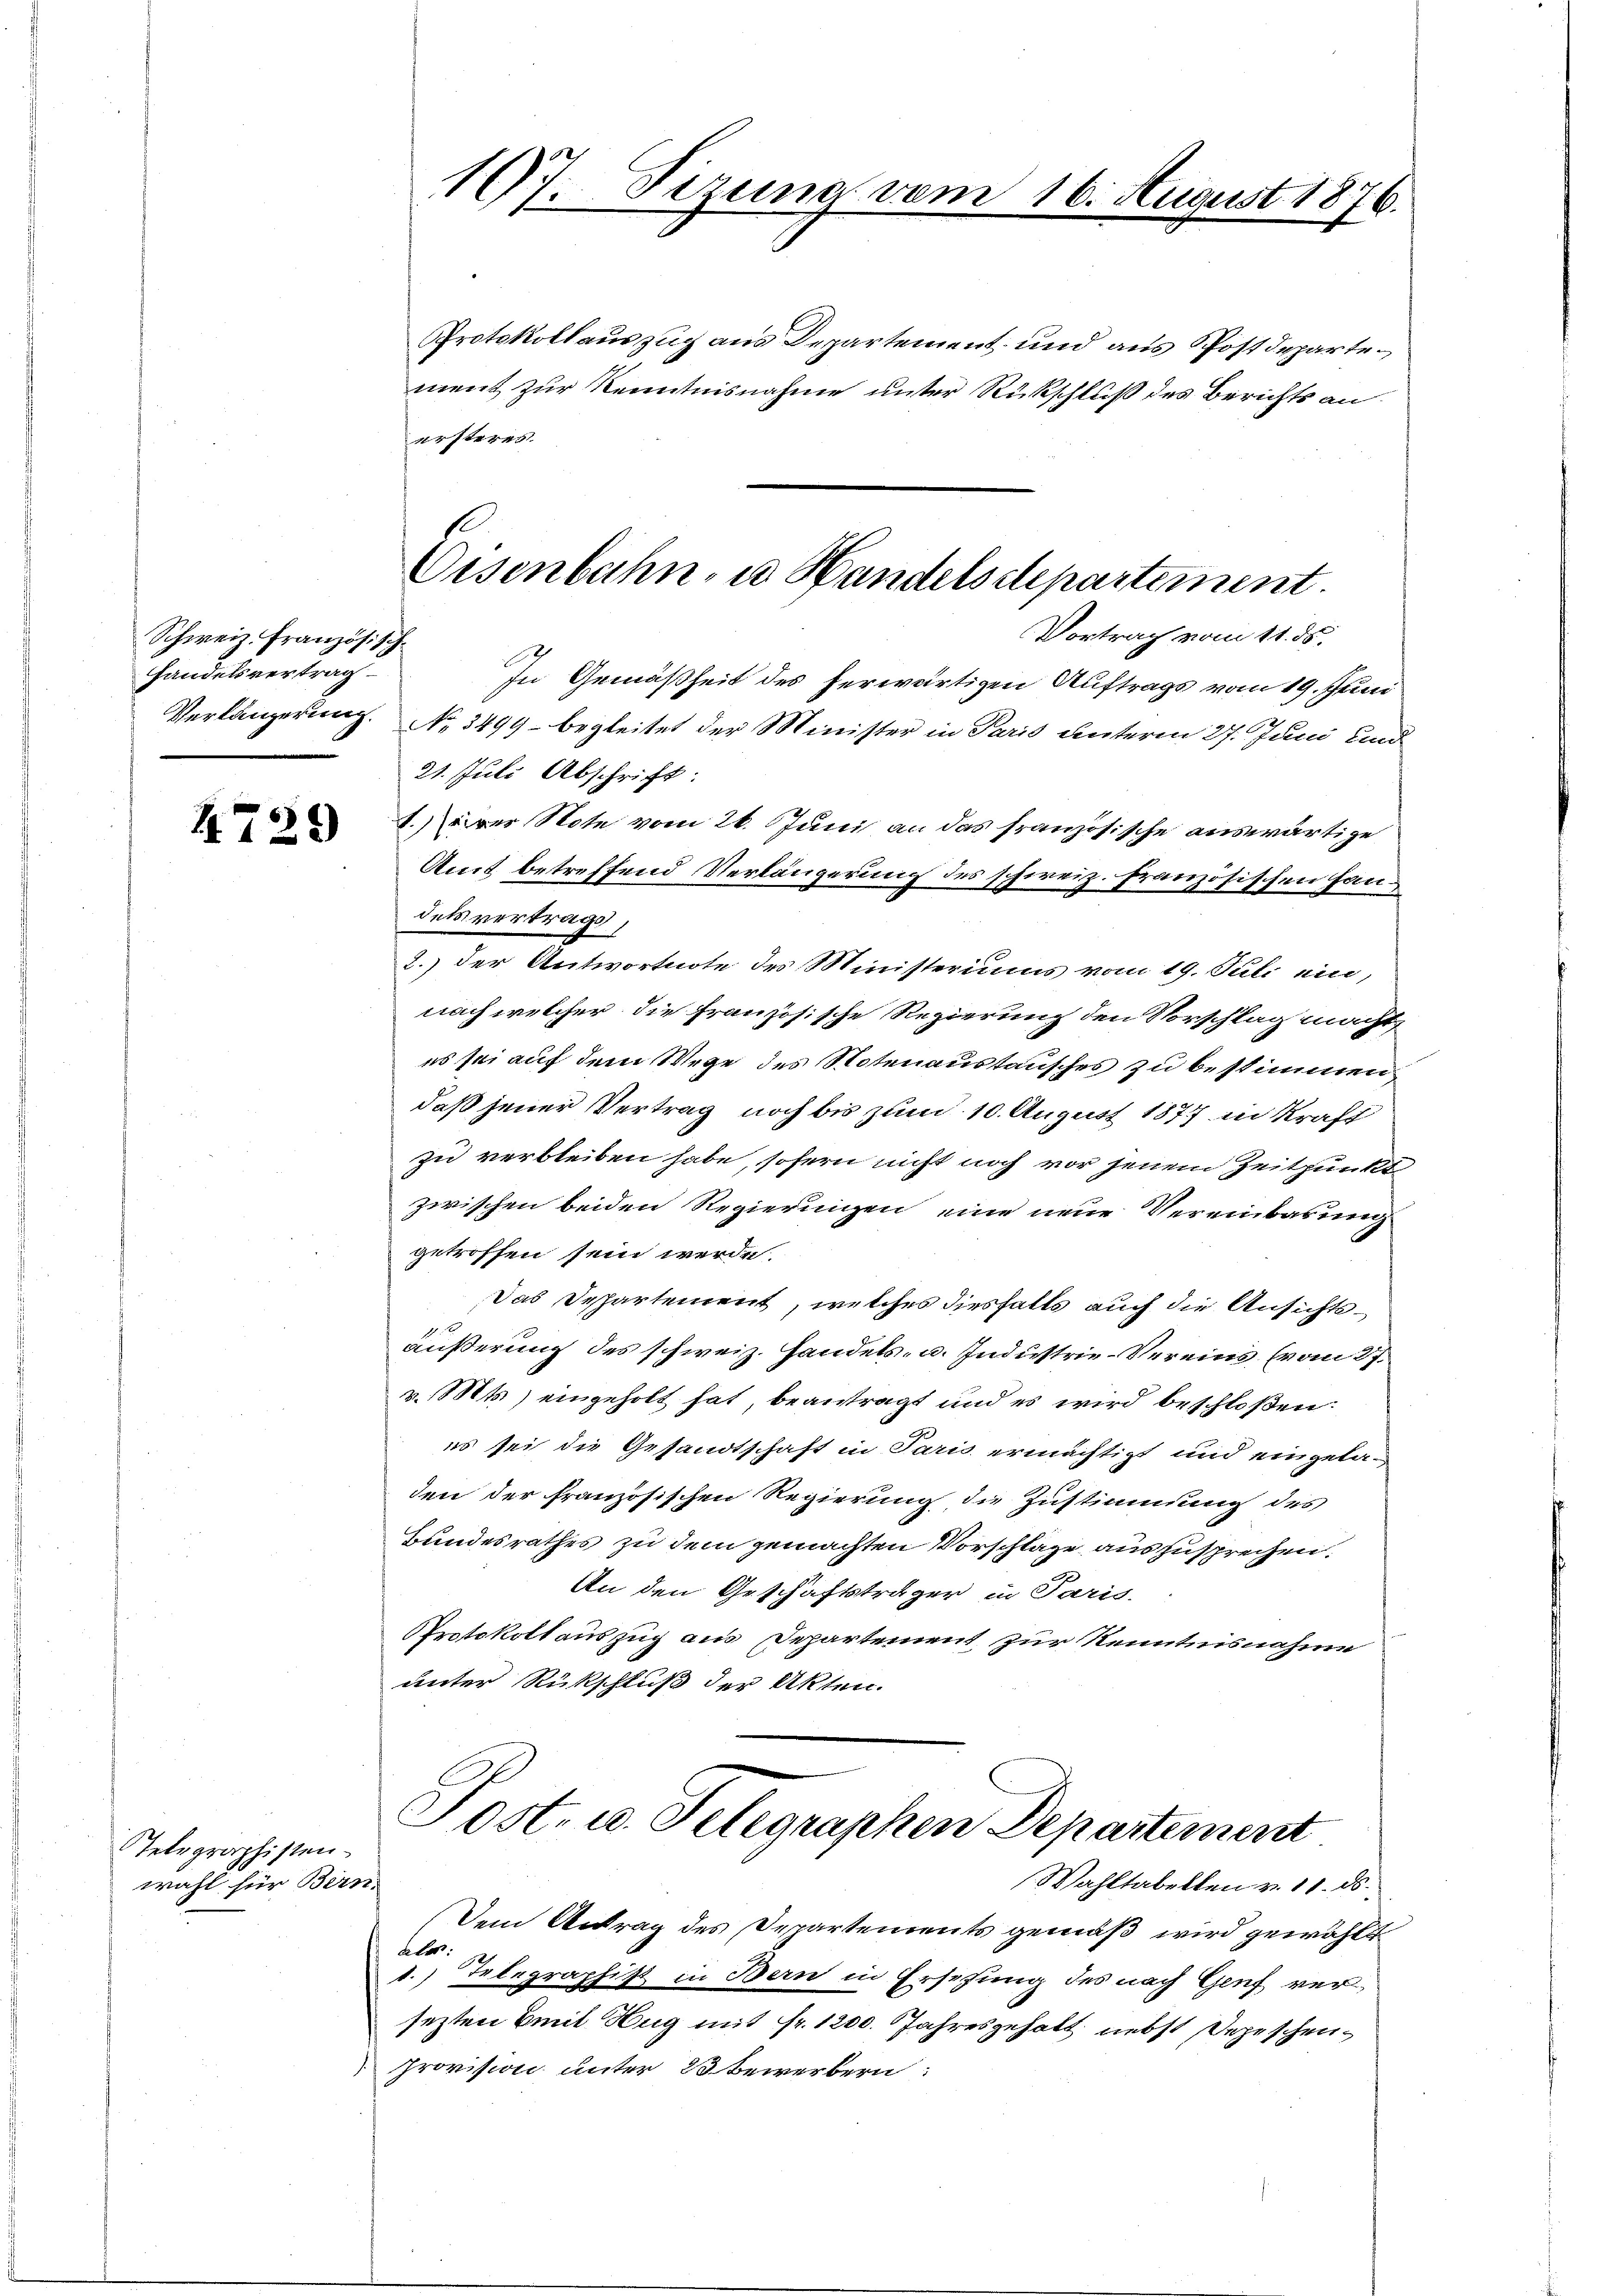
Schweiz. Französisch
Handelsvertrag

4729

Telegraphisten
wahl für Bern.

107. Sizung vom 16. August 1876.

Protokoll auszug aus Departement und aus Postdepartement zur Kenntnisnahme unter Rückschluß des Berichts an
ersteres
In Gemäßheit des herwärtigen Auftrags vom 19. Juni
Verlängerung. No 3499 - begleitet der Minister in Paris unterm 27. Juni und
21. Juli Abschrift:
.er Note vom 26. Juni an das französische auswärtige
Amt betreffend Verlängerung des schweiz. französischen Handesvertrags,
2.) der Antwortnote des Ministeriums vom 19. Juli ein,
nach welcher die Französische Regierung den Vorschlag machte
es sei auf dem Wege des Notenaustausches zu bestimmen
daß jener Vertrag noch bis zum 10. August 1877 in Kraft
zu verbleiben habe, sofern nicht noch vor jenem Zeitpunkt
zwischen beiden Regierungen eine neue Vereinbarung
getroffen sein werde.
Das Despartement, welches diesfalls auch die Ansichtsäußerung des schweiz. Handels- u. Industrie-Vereins (vom 27.
v. Mts.) eingeholt hat, beantragt und es wird beschloßen:
es sei die Gesandtschaft in Paris ermächtigt und eingeladen der französischen Regierung die Zustimmung des
Bundesrathes zu dem gemachten Vorschläge auszusprechen.
An den Geschäftsträger in Paris.
PProtokollauszug aus Departement, zur Kenntnisnahme
unter Rückschluß der Akten.
Post- u. Telegraphen Departement
Wahltabellen v. 11. ds.
Dem Antrag des Departements gemäß wird gewählt
aler:
1.) Telegraphist in Bern in Ersehung des nach Genf versezten Emil Hug mit fr. 1200. Jahresgehalt nebst Depeschenprovision unter 23 Bewerbern:

Eisenbahn, u. Handelsdepartement.
Vortrag vom 11. ds.